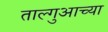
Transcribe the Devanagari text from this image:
ताल्गुआच्या